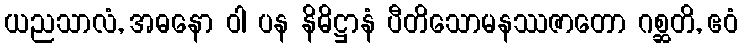
ယညသာလံ, အဓနော ဝါ ပန နိဓိဋ္ဌာနံ ပီတိသောမနဿဇာတော ဂစ္ဆတိ, ဧဝံ